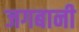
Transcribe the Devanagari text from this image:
जगबानी